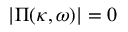
| \boldsymbol { \Pi } ( \kappa , \omega ) | = 0